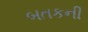
બતકની